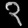
Digit: ၃